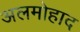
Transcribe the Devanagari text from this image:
अलमोहाद